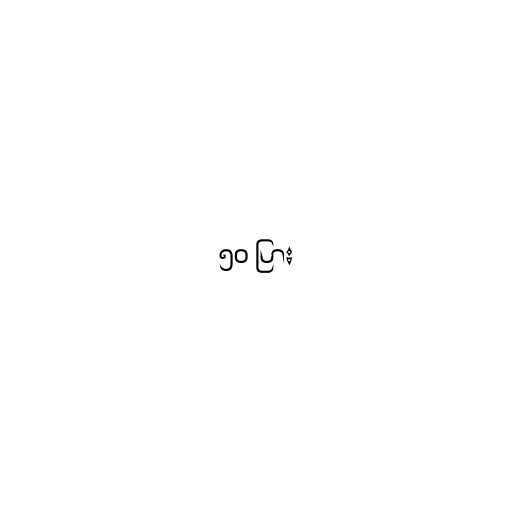
၅၀ ပြား